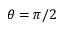
\theta = \pi / 2